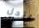
لتحل